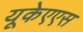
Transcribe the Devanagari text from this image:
यूकेएएस